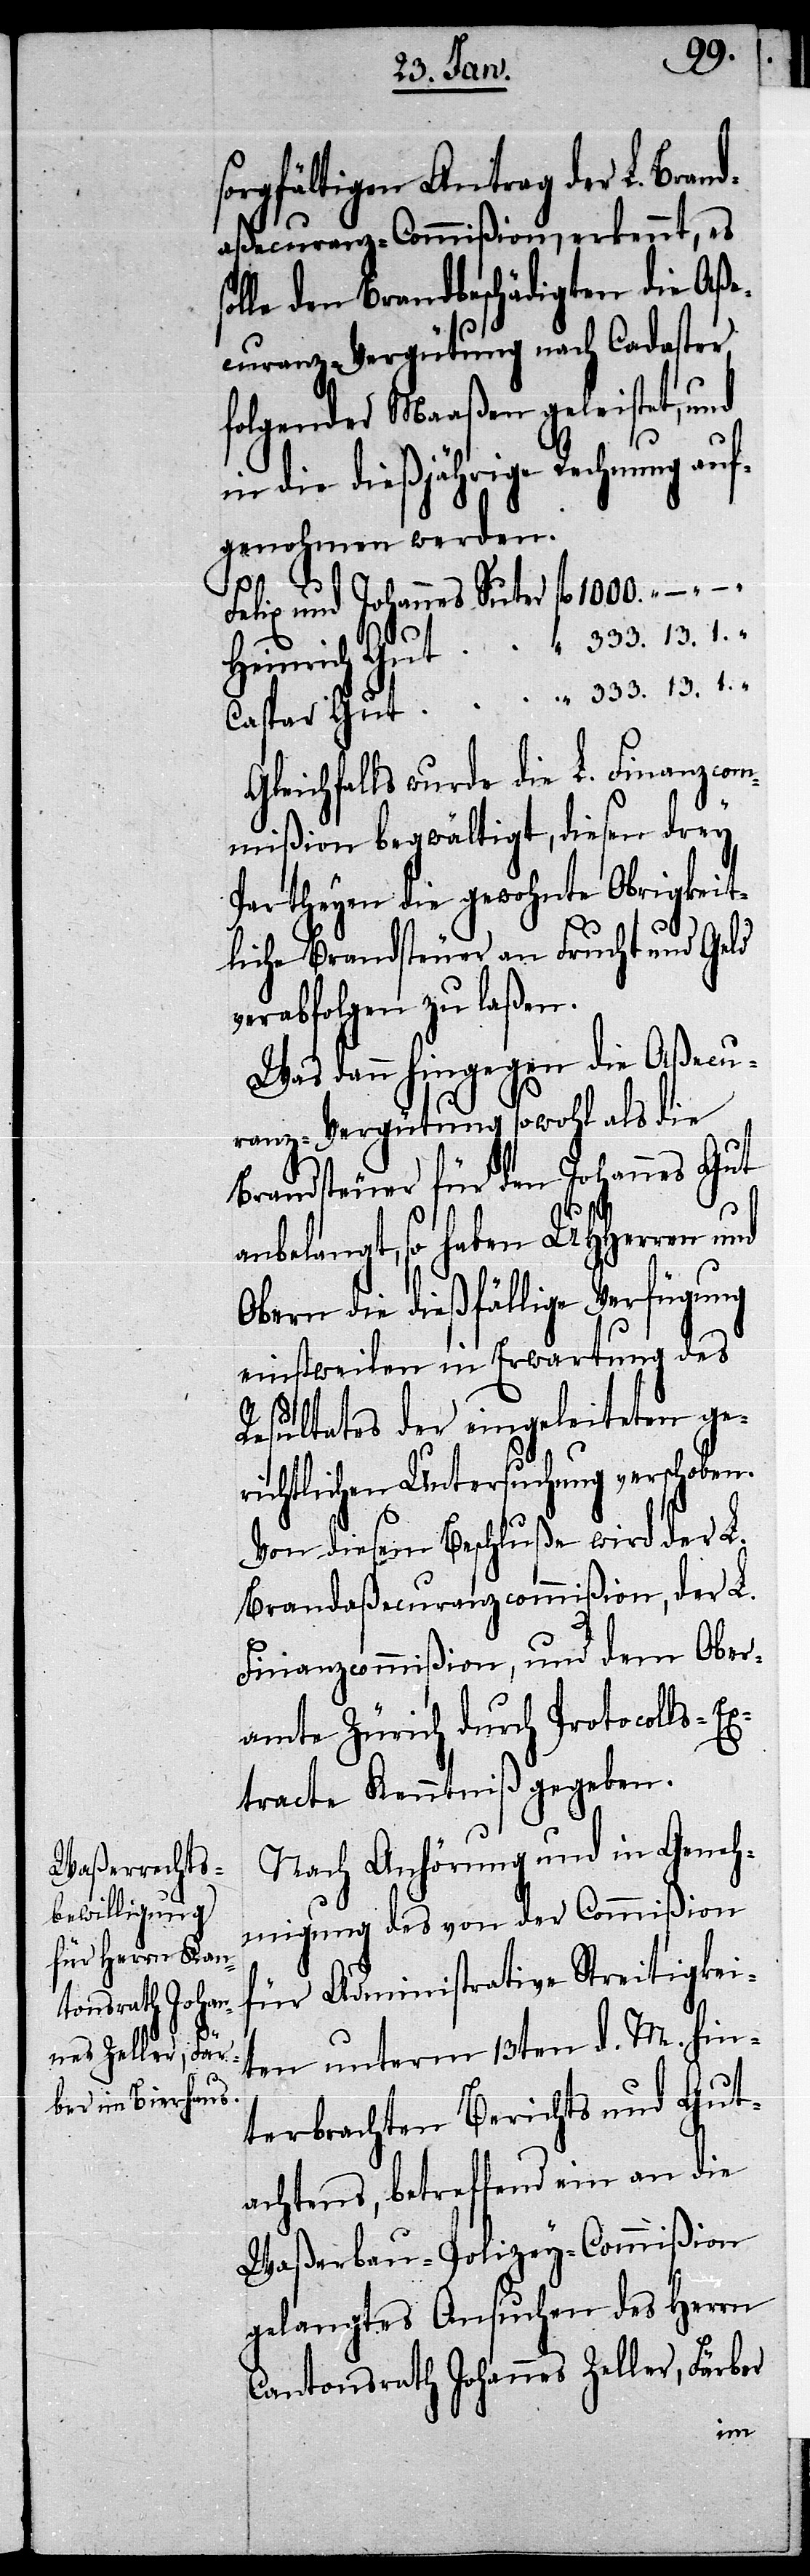
sorgfältigen Antrag der L. Br¬
aßecuranz-Commißion, erkennt, es
solle den Brandbeschädigten die Aß¬
ecuranz-Vergütung nach Cadaster,
folgender Maaßen geleistet, und
in die dießjährige Rechnung auf¬
genohmen werden.
13. 1. „
Felix und Johannes Suter
Gleichfalls wurde die L. Finanzcom¬
mißion begwältigt, diesen drey
Partheyen die gewohnte Obrigkeit¬
liche Brandsteuer an Frucht und Geld
verabfolgen zu laßen.
Was dann hingegen die Aßecu¬
ranz-Vergütung sowohl als die
Brandsteuer für den Johannes Gut
anbelangt, so haben UHHerren und
Obern die dießfällige Verfügung
einstweilen in Erwartung des
Resultates der eingeleiteten ge¬
richtlichen Untersuchung verschoben.
Von diesem Beschluße wird der L.
Brandaßecuranzcommißion, der L.
Finanzcommißion, und dem Ober¬
amte Zürich durch Protocolls-Ex¬
tracte Kenntniß gegeben.
Nach Anhörung und in Geneh¬
migung des von der Commißion
für Administrative Streitigkei¬
ten unterm 13ten d. M. hin¬
terbrachten Berichts und Gut¬
achtens, betreffend ein an die
Waßerbau-Polizey-Commißion
gelangtes Ansuchen des Herrn
Cantonsrath Johannes Zeller, Färber
and¬